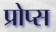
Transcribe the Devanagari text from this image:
प्रोप्स